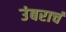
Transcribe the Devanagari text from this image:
उंबराचं